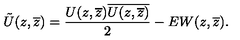
\tilde { U } ( z , \overline { { z } } ) = \frac { U ( z , \overline { { z } } ) \overline { { U ( z , \overline { { z } } ) } } } { 2 } - E W ( z , \overline { { z } } ) .